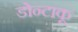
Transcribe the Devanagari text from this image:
डोन्टाकू